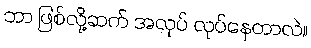
ဘာ ဖြစ်လို့ဆက် အလုပ် လုပ်နေတာလဲ။